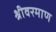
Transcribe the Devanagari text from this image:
श्रीवरमाण